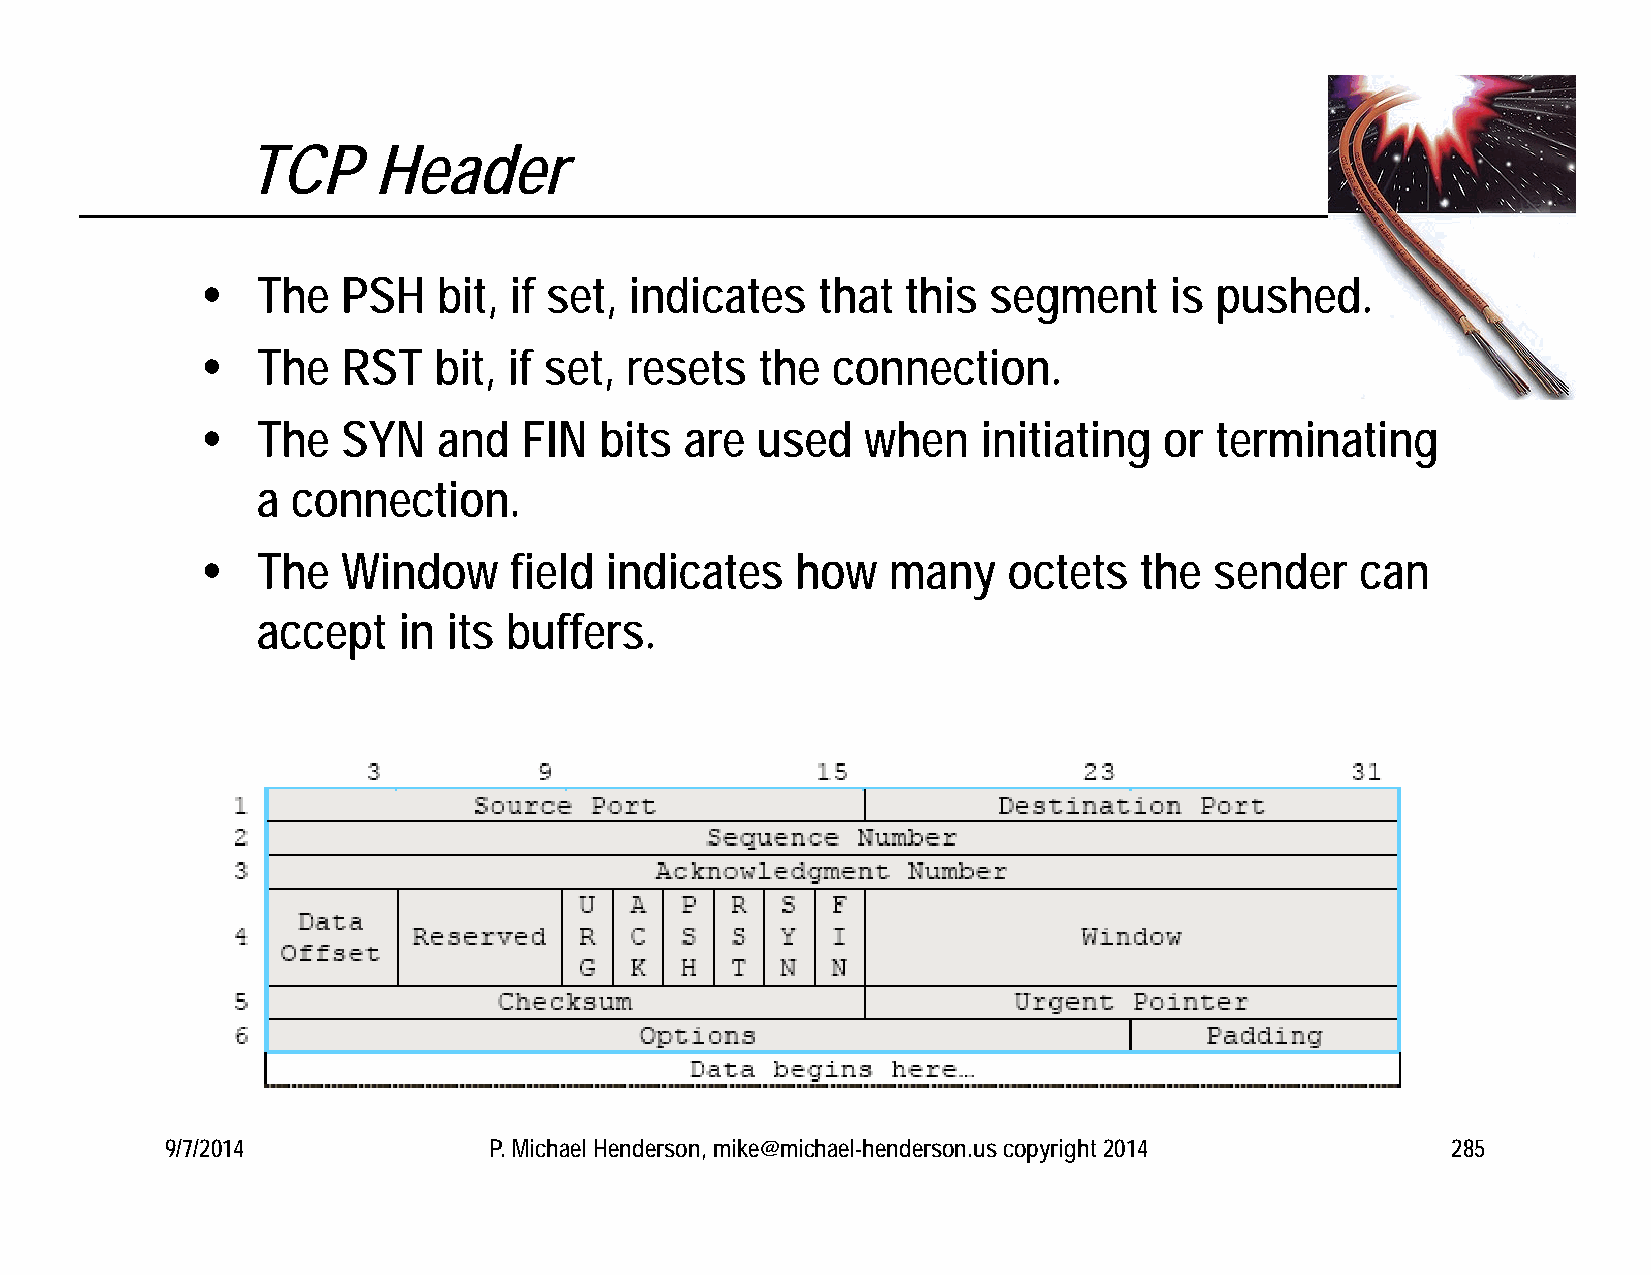
TCP      Header
    The   PSH   bit, if set, indicates   that  this segment     is pushed.
    The   RST   bit, if set, resets  the  connection.
    The   SYN   and   FIN  bits are  used   when    initiating  or terminating
 a connection.
    The   Window     field indicates    how   many    octets  the  sender    can
 accept   in  its buffers.
 9/7/2014             P. Michael Henderson, mike@michael-henderson.us copyright 2014  285